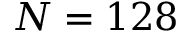
N = 1 2 8